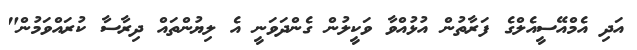
އަދި އެމްއޭސީއެލްގެ ފަރާތުން އުޅުއްވާ ވަކީލުން ގެންދަވަނީ އެ ލިޔުންތައް ދިރާސާ ކުރައްވަމުން"